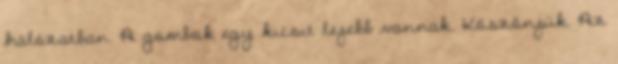
hálózatban. A gombok egy kicsit lejebb vannak. Köszönjük. Az